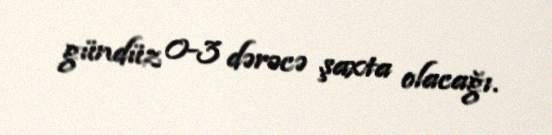
gündüz 0-3 dərəcə şaxta olacağı.